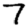
Digit: 7